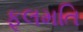
ફૂલમતિ